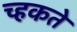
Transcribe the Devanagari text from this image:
च्हकते